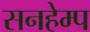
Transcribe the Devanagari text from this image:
सनहेम्प